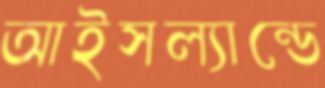
আইসল্যান্ডে